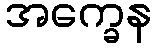
အက္ခေန